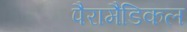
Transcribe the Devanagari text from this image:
पैरामैडिकल